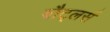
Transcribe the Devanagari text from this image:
बौट्लर्स